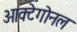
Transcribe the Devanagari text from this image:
ओक्टेगोनल